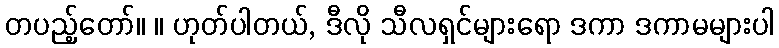
တပည့်တော်။ ။ ဟုတ်ပါတယ်, ဒီလို သီလရှင်များရော ဒကာ ဒကာမများပါ